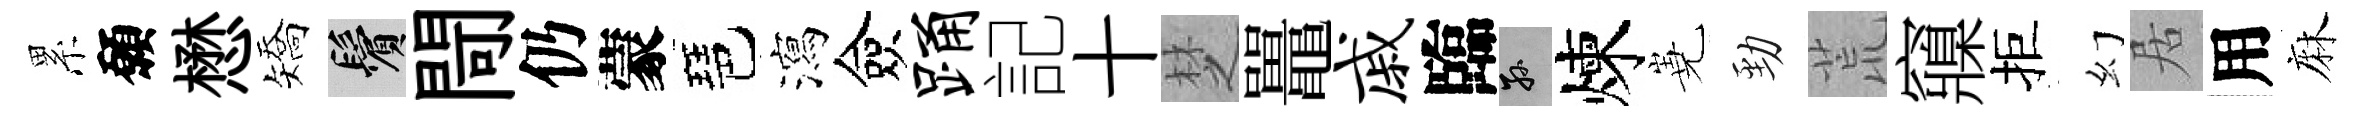
累願懋矯鬢閜仍蒙琶瀉僉踊記十椘鼉戚臨孫煉嶤勁荒䆿拒幻居用麻